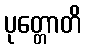
ပုတ္တောတိ